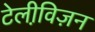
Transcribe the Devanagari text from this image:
टेलीवि़ज़न